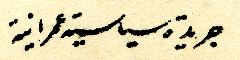
جريدة سياسية عمرانية